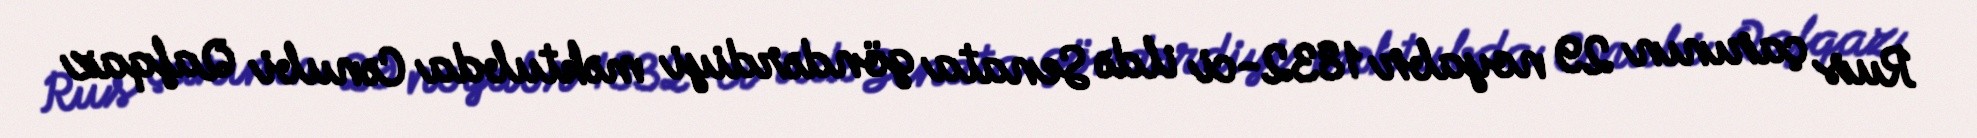
Rus çarının 29 noyabr 1832-ci ildə Senata göndərdiyi məktubda Cənubi Qafqaz